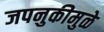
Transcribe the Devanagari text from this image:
जपनुकीमुळे